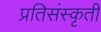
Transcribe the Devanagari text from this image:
प्रतिसंस्कृती